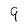
Character: 9